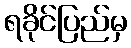
ရခိုင်ပြည်မှ